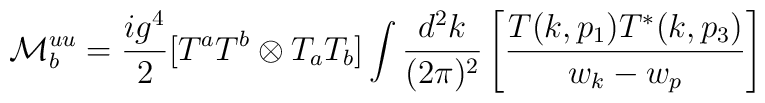
{\cal M}^{uu}_{b}= \frac{ig^4}{2}[T^aT^b\otimes T_aT_b] \int \frac{d^2k}{(2\pi)^2} \left [ \frac{T(k,p_1) T^*(k,p_3)}{w_k-w_p}\right]